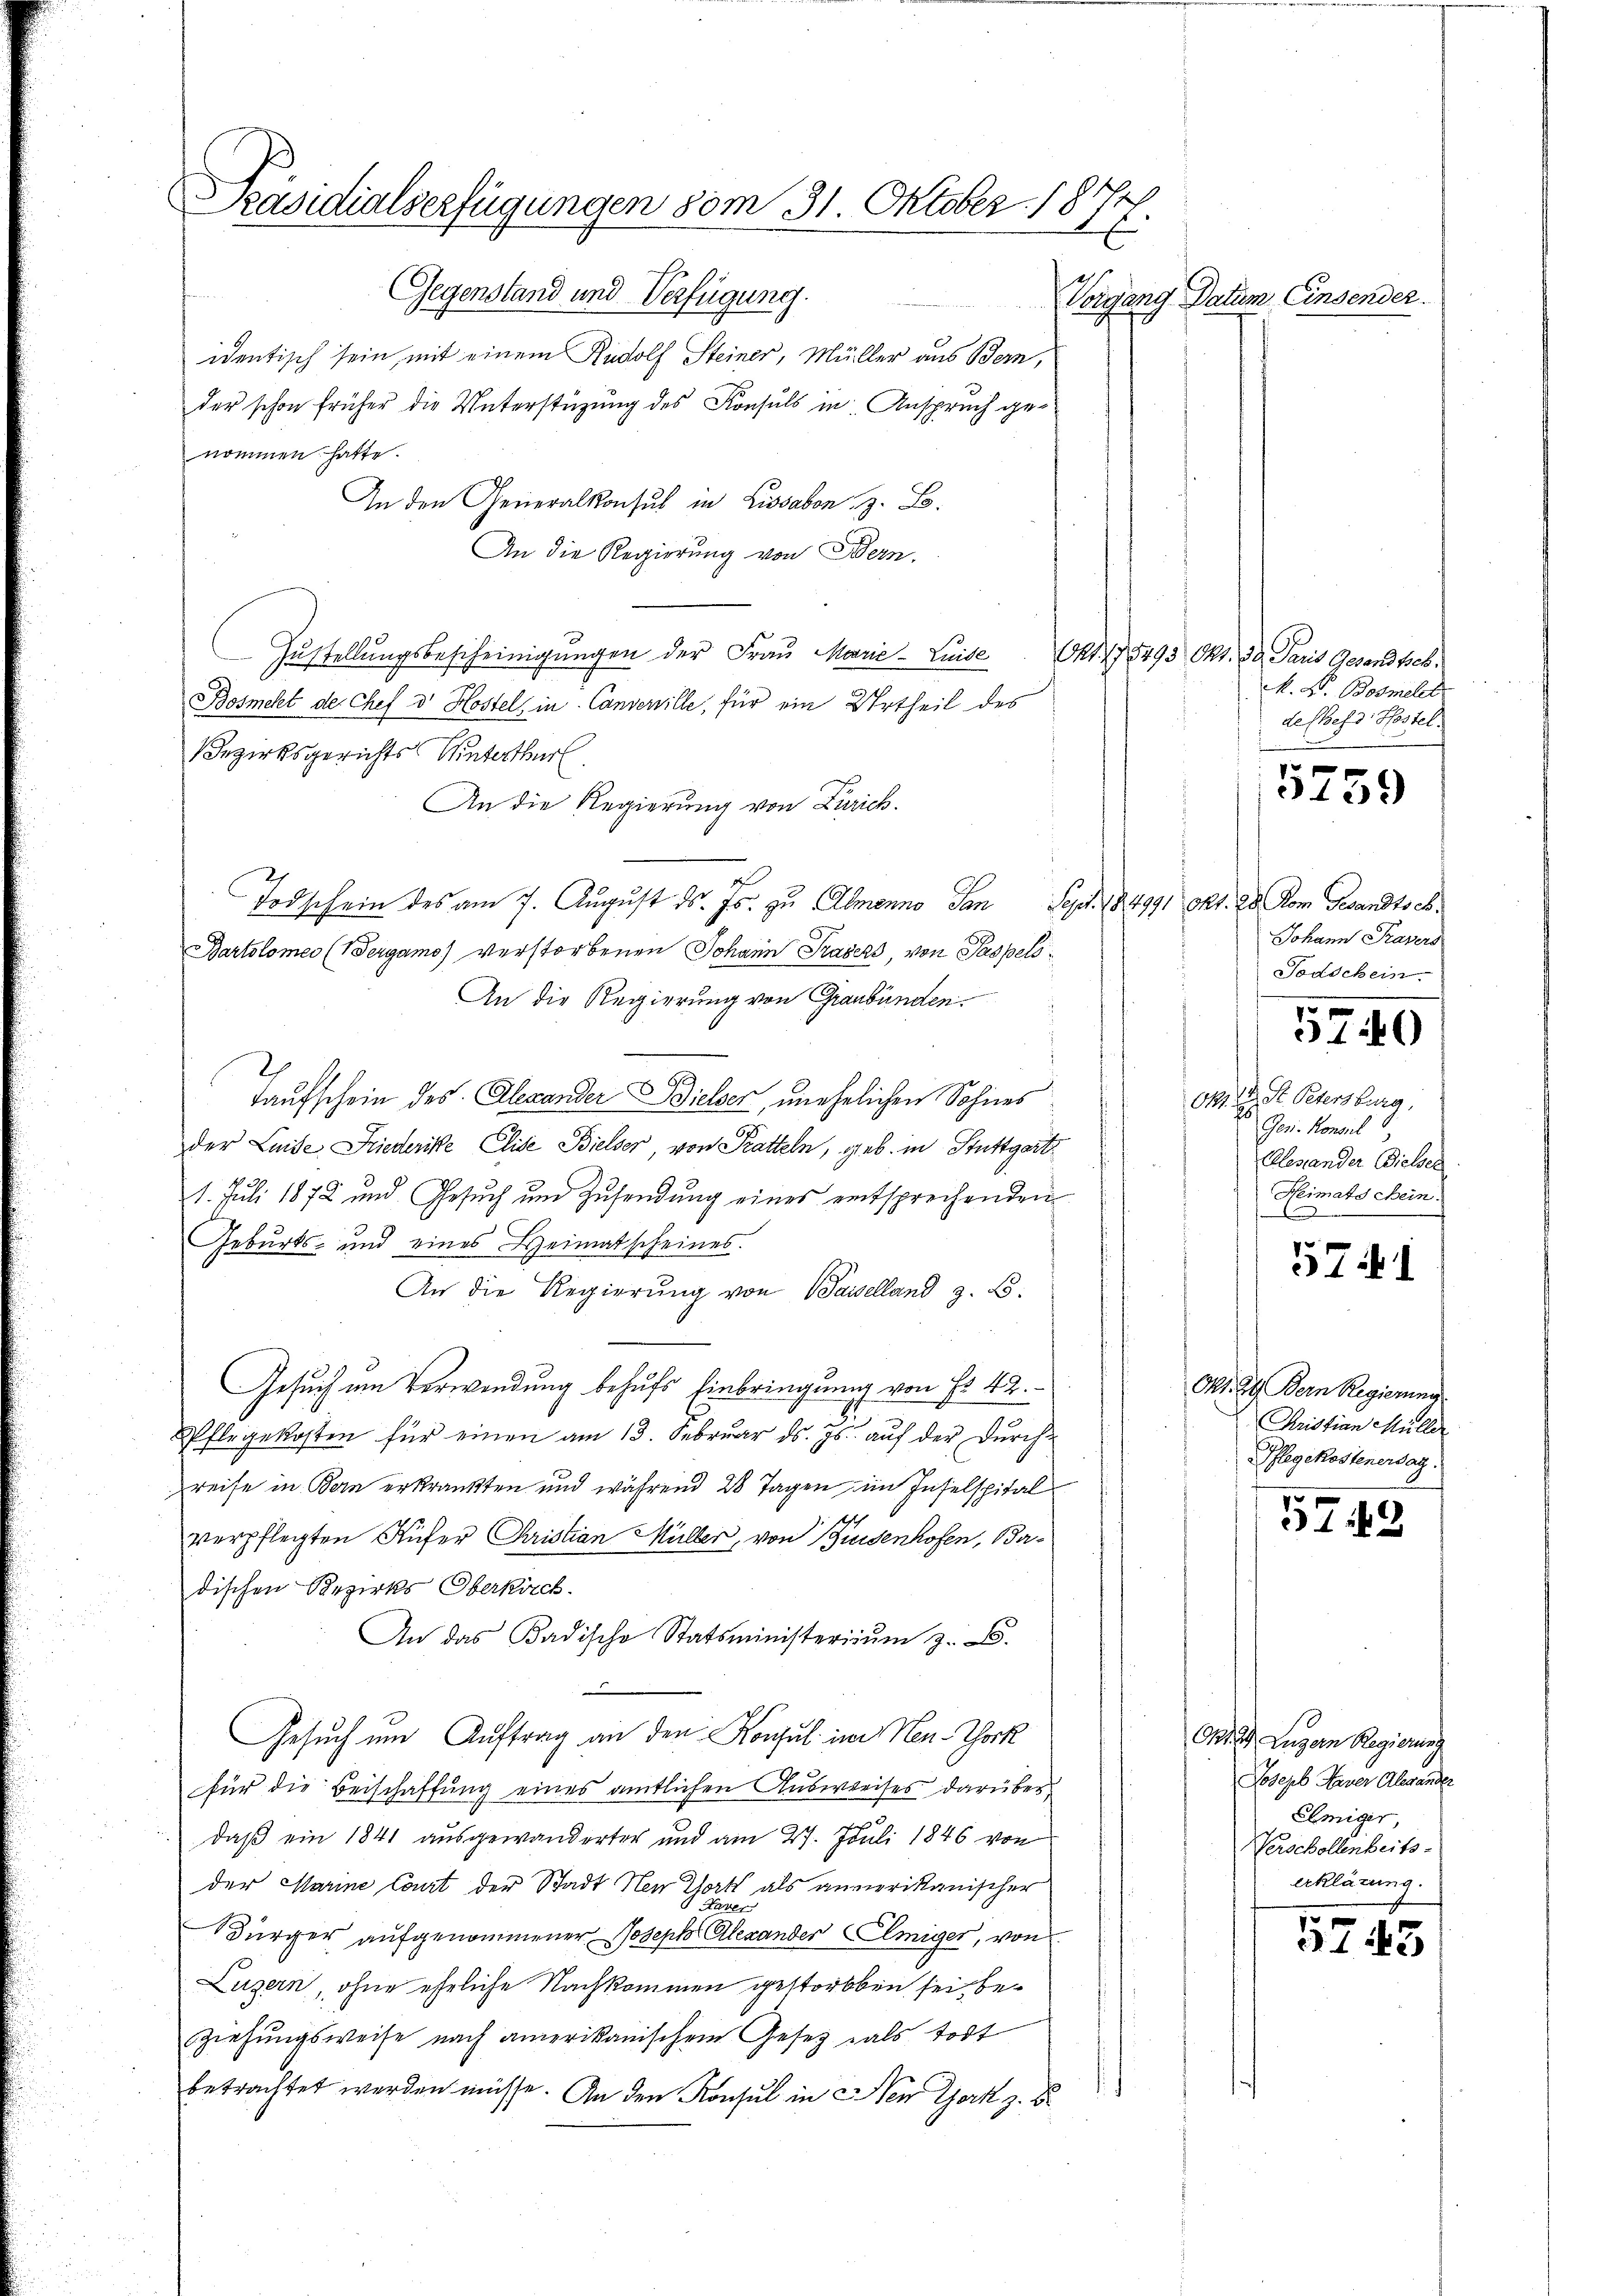
Präsidialserfügungen vom 31. Oktober 1877.

Gegenstand und Verfügung.
identisch sein, mit einem Rudolf Steiner, Müller aus Bern,
der schon früher die Unterstüzung des Konsuls in Anspruch genommen hatte.
In den Generalkonsul in Lissabon, z. B.
An die Regierung von Bern.
 Zustellungsbescheinigungen der Frau Marie - Luise
Bosmeht der Chef d. Kostel, in Canzenille, für ein Urtheil des
Bezirksgerichts Winterthur.
An die Regierung von Zürich.
Todschein des am 7. August ds. Js. zu Almanno San Sept. 184991 Okt. 28 Rom Gesandtsch.
Bartolomes (Vergamo) verstorbenen Johann Trasers, von Paspels
An die Regierung von Graubünden.
Taufschein des Alexander Bieler, unehelichen Sohnes
der Luise, Friederike Elise Bielser, von Pratteln, geb. in Stuttgart
1. Juli 1872 und Gesŭch ŭm Zŭsendŭng eines entsprechenden
Geburts- und eines Heimatscheines.
An die Regierung von Waiselland z. B.
Gesuch am Verwendung behufs Einbringung von Fr. 42.
Pflegekosten für einen am 13. Februar d. Js. aŭf der Durchreise in Bern erkränkten und während 20 Tagen im Inselspital
verpflegten Küfer Christian Müller, von Bindenhofen, Ba-
dischen Bezirks Oberkirch
An das Badische Statsministerium z. B.
Gesuch um Auftrag an den Konsul in Hen-Tock
für die Beischaffung eines amtlichen Ausweises darüber
daß ein 1841 ausgewanderter und am 27. Juli 1846 von
der Marine Court der Stadt Neu Thort als anmerikanischer
Bürger aufgenommener Joseph Alexander Elmiger, von
Luzern, ohne eheliche Nachkommen gestorben sei, beziehungsweise nach amerikanischem Gesetz als todt
betrachtet werden müsse. An den Konsul in New York z. B

Vorgang Datum Einsender.

Okt 178493 Okt. 13 Paris Gesand bes.
M. F. Bosmelet
de Chefs Kostel

5759

Johann Kasers
Todschein.

5740

Okt. 17. St. Petersburg.
Gen. Konsul
Elles ander Dielser
Heimatschein.

574. 1

Nr. 29. Bern Regierung
Christian Müller
Pflegekostenersatz.

5449

612. Luzern Regierung
Joseph Haver Alexander
Ehmiger,
Verschollenheits-
erklärung.

5743